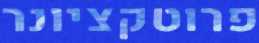
פרוטקציונר